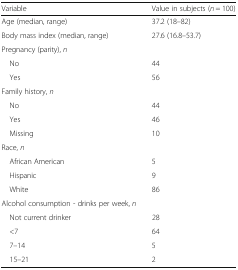
| Variable | Value in subjects (n = 100) |
 | --- | --- |
 | Age (median, range) | 37.2 (18–82) |
 | Body mass index (median, range) | 27.6 (16.8–53.7) |
 | <COLSPAN=2> Pregnancy (parity), n |
 | No | 44 |
 | Yes | 56 |
 | <COLSPAN=2> Family history, n |
 | No | 44 |
 | Yes | 46 |
 | Missing | 10 |
 | <COLSPAN=2> Race, n |
 | African American | 5 |
 | Hispanic | 9 |
 | White | 86 |
 | <COLSPAN=2> Alcohol consumption - drinks per week, n |
 | Not current drinker | 28 |
 | <7 | 64 |
 | 7–14 | 5 |
 | 15–21 | 2 |